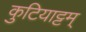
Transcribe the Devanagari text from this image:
कुटियाट्टम्